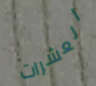
العشرات